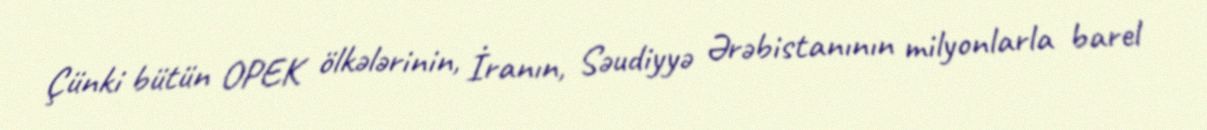
Çünki bütün OPEK ölkələrinin, İranın, Səudiyyə Ərəbistanının milyonlarla barel